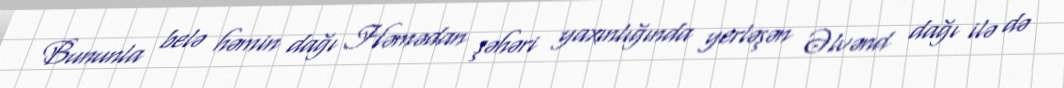
Bununla belə həmin dağı Həmədan şəhəri yaxınlığında yerləşən Əlvənd dağı ilə də